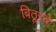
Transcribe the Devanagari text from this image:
बिठूरचे